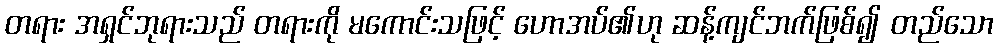
တရား အရှင်ဘုရားသည် တရားကို မကောင်းသဖြင့် ဟောအပ်၏ဟု ဆန့်ကျင်ဘက်ဖြစ်၍ တည်သော